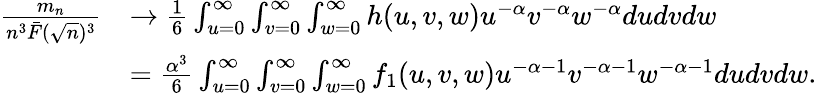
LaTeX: \begin{array}{rl}{\frac{m_{n}}{n^{3}\bar{F}(\sqrt{n})^{3}}}&{\rightarrow\frac 16\int_{u=0}^{\infty}\int_{v=0}^{\infty}\int_{w=0}^{\infty}h(u,v,w)u^{-\alpha}v^{-\alpha}w^{-\alpha}dudvdw}\\ &{=\frac{\alpha^{3}}{6}\int_{u=0}^{\infty}\int_{v=0}^{\infty}\int_{w=0}^{\infty}f_{1}(u,v,w)u^{-\alpha-1}v^{-\alpha-1}w^{-\alpha-1}dudvdw.}\end{array}